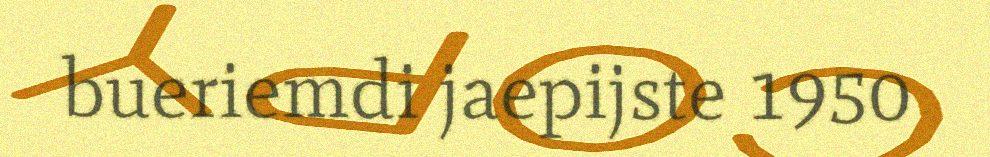
bueriemdi jaepijste 1950